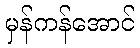
မှန်ကန်အောင်